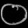
Digit: ၀